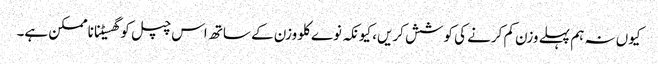
کیوں نہ ہم پہلے وزن کم کرنے کی کوشش کریں، کیونکہ نوے کلو وزن کے ساتھ اس چپل کو گھسیٹنا ناممکن ہے۔